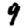
Digit: 9